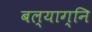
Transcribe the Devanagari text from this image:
बल्याग्नि